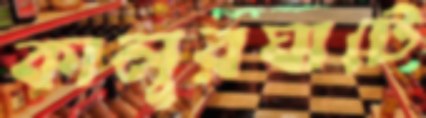
কালুরঘাটে